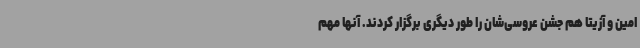
امین و آزیتا هم جشن عروسی‌شان را طور دیگری برگزار کردند. آنها مهم